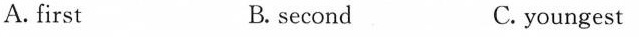
A.first B. second C. youngest